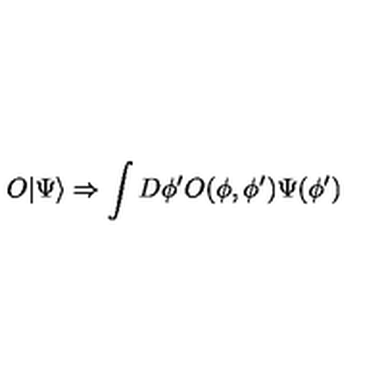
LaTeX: O | \Psi \rangle \Rightarrow \int D \phi ^ { \prime } O ( \phi , \phi ^ { \prime } ) \Psi ( \phi ^ { \prime } )